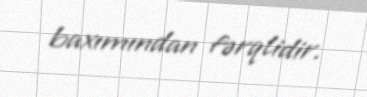
baxımından fərqlidir.